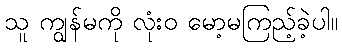
သူ ကျွန်မကို လုံးဝ မော့မကြည့်ခဲ့ပါ။